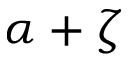
\alpha + \zeta